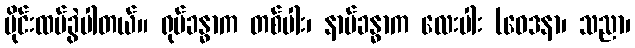
ပိုင်းထပ်ခွဲပါတယ်။ ရုပ်ခန္ဓာက တစ်ပါး၊ နာမ်ခန္ဓာက လေးပါး (ဝေဒနာ၊ သညာ၊